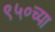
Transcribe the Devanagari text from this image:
९५०च्या